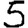
Digit: 5